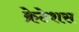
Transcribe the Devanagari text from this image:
क्रेटेशस